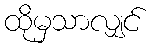
ထိုမှသာလျှင်